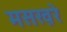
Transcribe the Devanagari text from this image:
मसख़रे